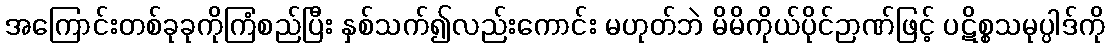
အကြောင်းတစ်ခုခုကိုကြံစည်ပြီး နှစ်သက်၍လည်းကောင်း မဟုတ်ဘဲ မိမိကိုယ်ပိုင်ဉာဏ်ဖြင့် ပဋိစ္စသမုပ္ပါဒ်ကို